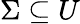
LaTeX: \Sigma\subseteq U